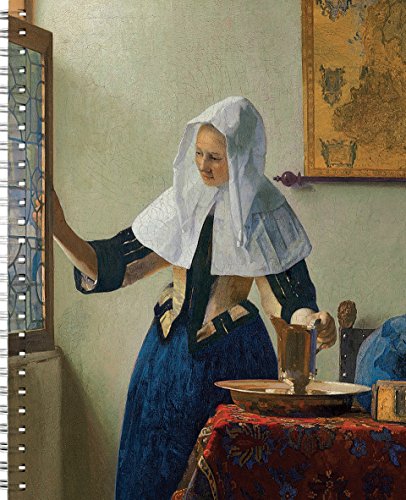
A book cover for Masterpieces 2016 Engagement Book; Metropolitan Museum Of Art; Calendars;